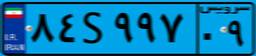
۶۴S۵۴۷۳۳